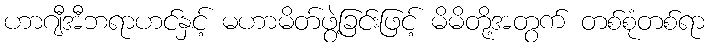
ဟာဂျီအီဘရာဟင်နှင့် မဟာမိတ်ဖွဲ့ခြင်းဖြင့် မိမိတို့အတွက် တစ်စုံတစ်ရာ